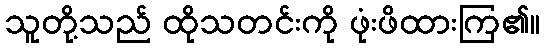
သူတို့သည် ထိုသတင်းကို ဖုံးဖိထားကြ၏။